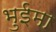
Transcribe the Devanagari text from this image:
भुईमा